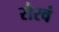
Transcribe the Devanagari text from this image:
रौरवं